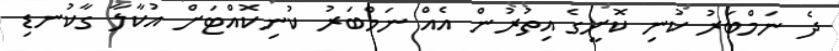
ދެ ނަމްބަރު ކުނި ކޮށީގެ އިތުރުން އެއް ނަމްބަރު ކުނިކޮއްޓަށް އުކާލާ ގާކުނޑި